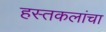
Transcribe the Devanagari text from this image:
हस्तकलांचा